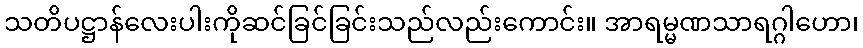
သတိပဋ္ဌာန်လေးပါးကိုဆင်ခြင်ခြင်းသည်လည်းကောင်း။ အာရမ္မဏသာရဂ္ဂါဟော၊